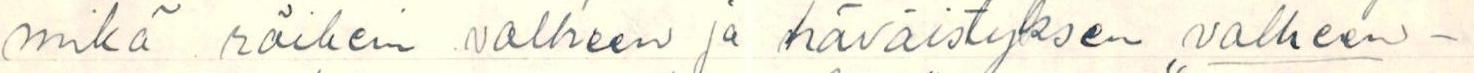
mikä räikein valheen ja häväistyksen ,,valheen-